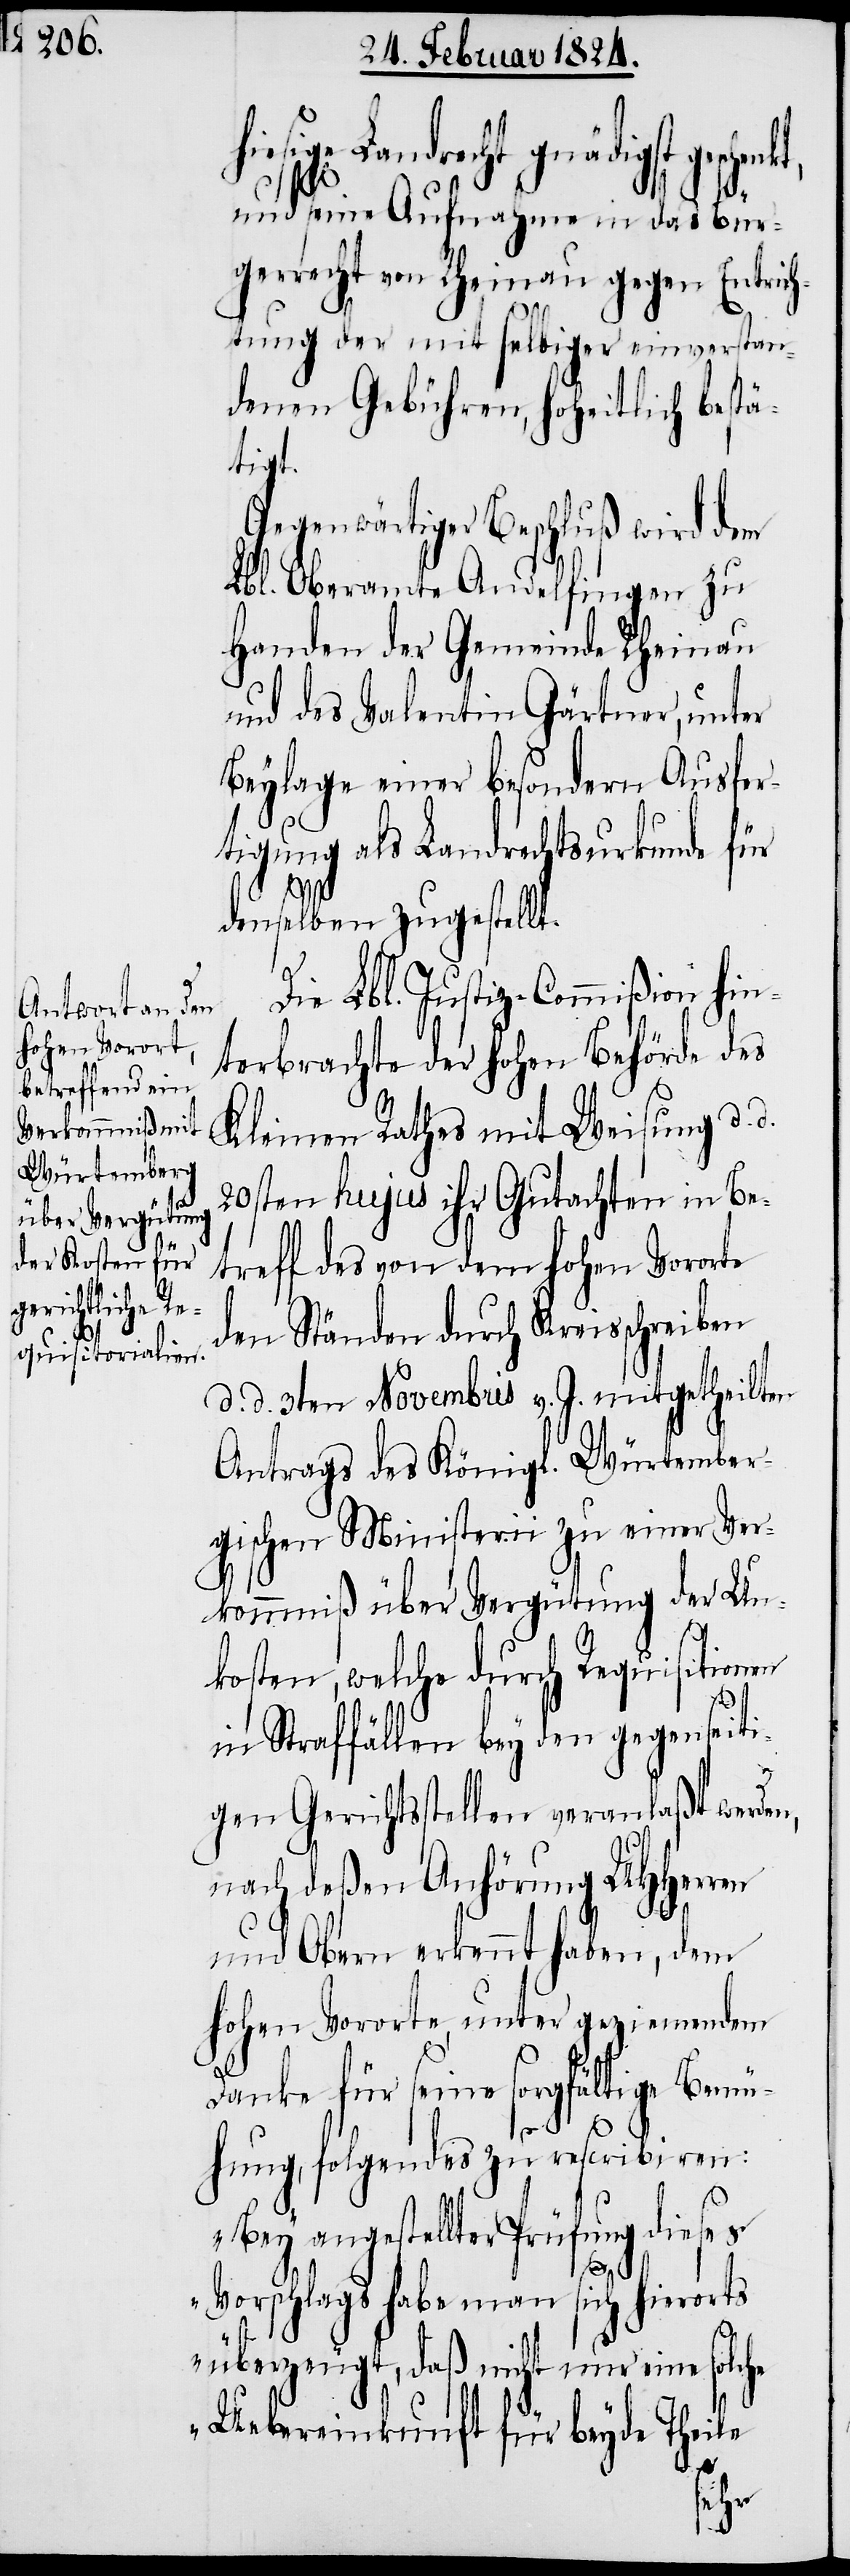
gnädigst geschenkt,
und seine Aufnahme in das Bür¬
gerrecht von Rheinau gegen Entrich¬
tung der mit selbiger einverstan¬
denen Gebühren, hoheitlich bestä¬
tigt.
Gegenwärtiger Beschluß wird dem
Lbl. Oberamte Andelfingen zu
Handen der Gemeinde Rheinau
und des Valentin Gärtner, unter
Beylage einer besondern Ausfer¬
tigung als Landrechtsurkunde für
denselben zugestellt.
Die Lbl. Justiz-Commißion hin¬
terbrachte der hohen Behörde des
Kleinen Rathes mit Weisung d.
20sten hujus ihr Gutachten in Be¬
treff des von dem hohen Vororte
den Ständen durch Kreisschreiben
d. d. 3ten Novembris v. J. mitgetheilten
Antrags des Königl. Würtember¬
gischen Ministerii zu einer Ver¬
kommniß über Vergütung der Un¬
kosten, welche durch Requisitionen
in Straffällen bey den gegenseit¬
igen Gerichtsstellen veranlaßt werde¬
nach deßen Anhörung UHHerren
und Obern erkennt haben, dem
hohen Vororte, unter geziemendem
Danke für seine sorgfältige Bemü¬
hung, folgendes zu rescribiren:
„Bey angestellter Prüfung dieses
Vorschlags habe man sich hierorts
überzeugt, daß nicht nur eine so¬
Uebereinkunft für beyde Theile
n,
lche